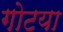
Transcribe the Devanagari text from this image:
गोटया